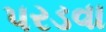
પરડવા